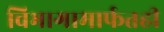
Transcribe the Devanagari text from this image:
विभागामार्फतही